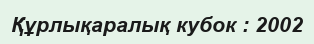
Құрлықаралық кубок : 2002